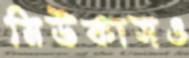
মিউকাসও